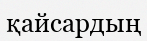
қайсардың